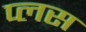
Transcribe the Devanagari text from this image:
प्‍लस